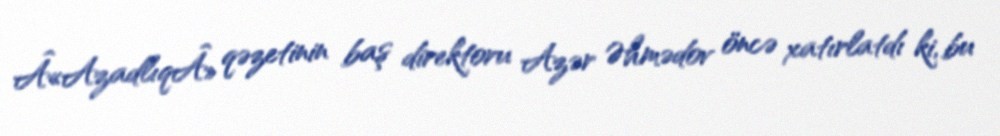
Â«AzadlıqÂ» qəzetinin baş direktoru Azər Əhmədov öncə xatırlatdı ki, bu